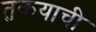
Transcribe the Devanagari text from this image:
तुकयाची